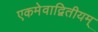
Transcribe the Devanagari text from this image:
एकमेवाद्वितीयम्‌